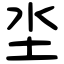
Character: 坔